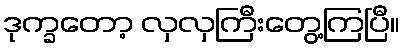
ဒုက္ခတော့ လှလှကြီးတွေ့ကြပြီ။